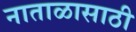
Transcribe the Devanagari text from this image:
नाताळासाठी